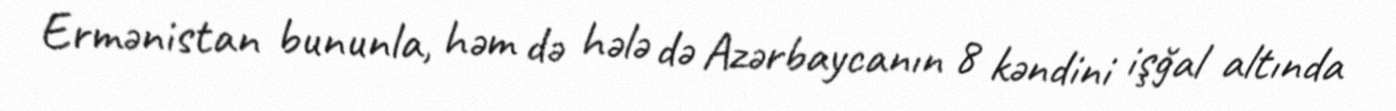
Ermənistan bununla, həm də hələ də Azərbaycanın 8 kəndini işğal altında